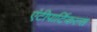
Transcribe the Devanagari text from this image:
एंटीपार्टिकल्स